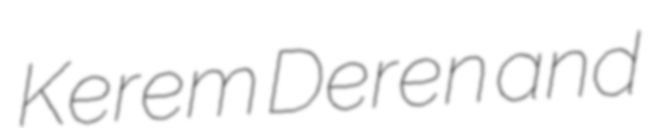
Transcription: Kerem Deren and